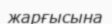
жарғысына